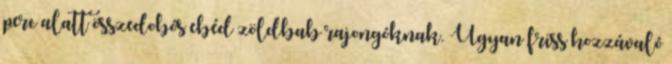
perc alatt összedobós ebéd zöldbab rajongóknak. Ugyan friss hozzávaló